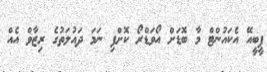
ޕީބީއޭ އެކައުންޓް މާ ބޮޑަށް އޯވަޑްރޯ ކޮށްފި ނަމަ ދައުލަތުގެ ރިޒާވް އެއް